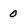
Character: 0